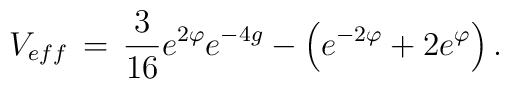
V_{eff}\,=\,\frac{3}{16}e^{2\varphi}e^{-4g}-\left(e^{-2\varphi}+2e^{\varphi}\right).